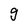
Character: g